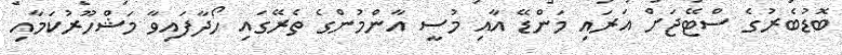
ބޮޑުބެރުގެ ސްޓޭޖަށް އަރައި މަންޑޭ އާއި މުސީ އާންމުންގެ ތެރޭގައި ހޯދާފައިވާ މަޝްހޫރުކަމާއި